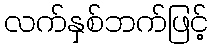
လက်နှစ်ဘက်ဖြင့်